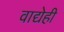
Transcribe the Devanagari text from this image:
वाद्येही